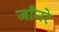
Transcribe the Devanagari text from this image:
जाँनरे